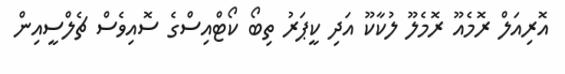
އޮރިއަލް ރޮމެއޫ ރޮމެލޫ ލުކާކޫ އަދި ކީޕަރު ތިބޯ ކޯޓްއިސްގެ ސޮއިވެސް ޗެލްސީއިން